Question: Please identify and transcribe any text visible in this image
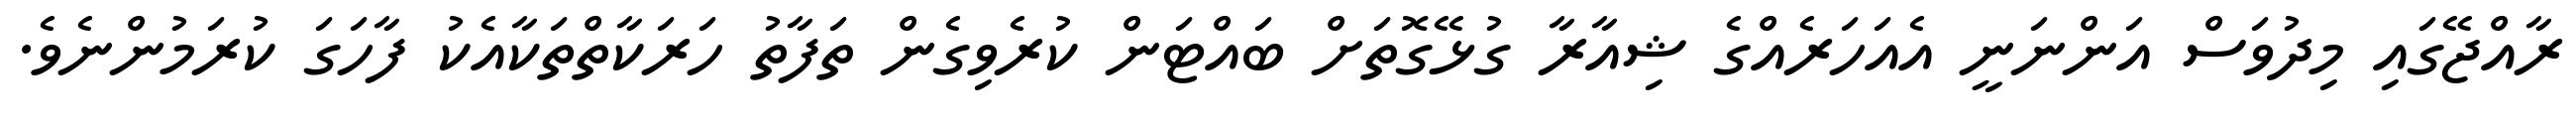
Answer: ރާއްޖޭގައި މިދުވަސް އަންނަނީ އެއަހަރެއްގެ ޝިއާރާ ގުޅޭގޮތަށް ބައްޓަން ކުރެވިގެން ތަފާތު ހަރަކާތްތަކާއެކު ފާހަގަ ކުރަމުންނެވެ.